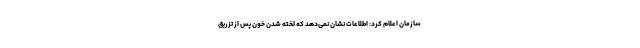
سازمان اعلام کرد: اطلاعات نشان نمی‌دهد که لخته شدن خون پس از تزریق